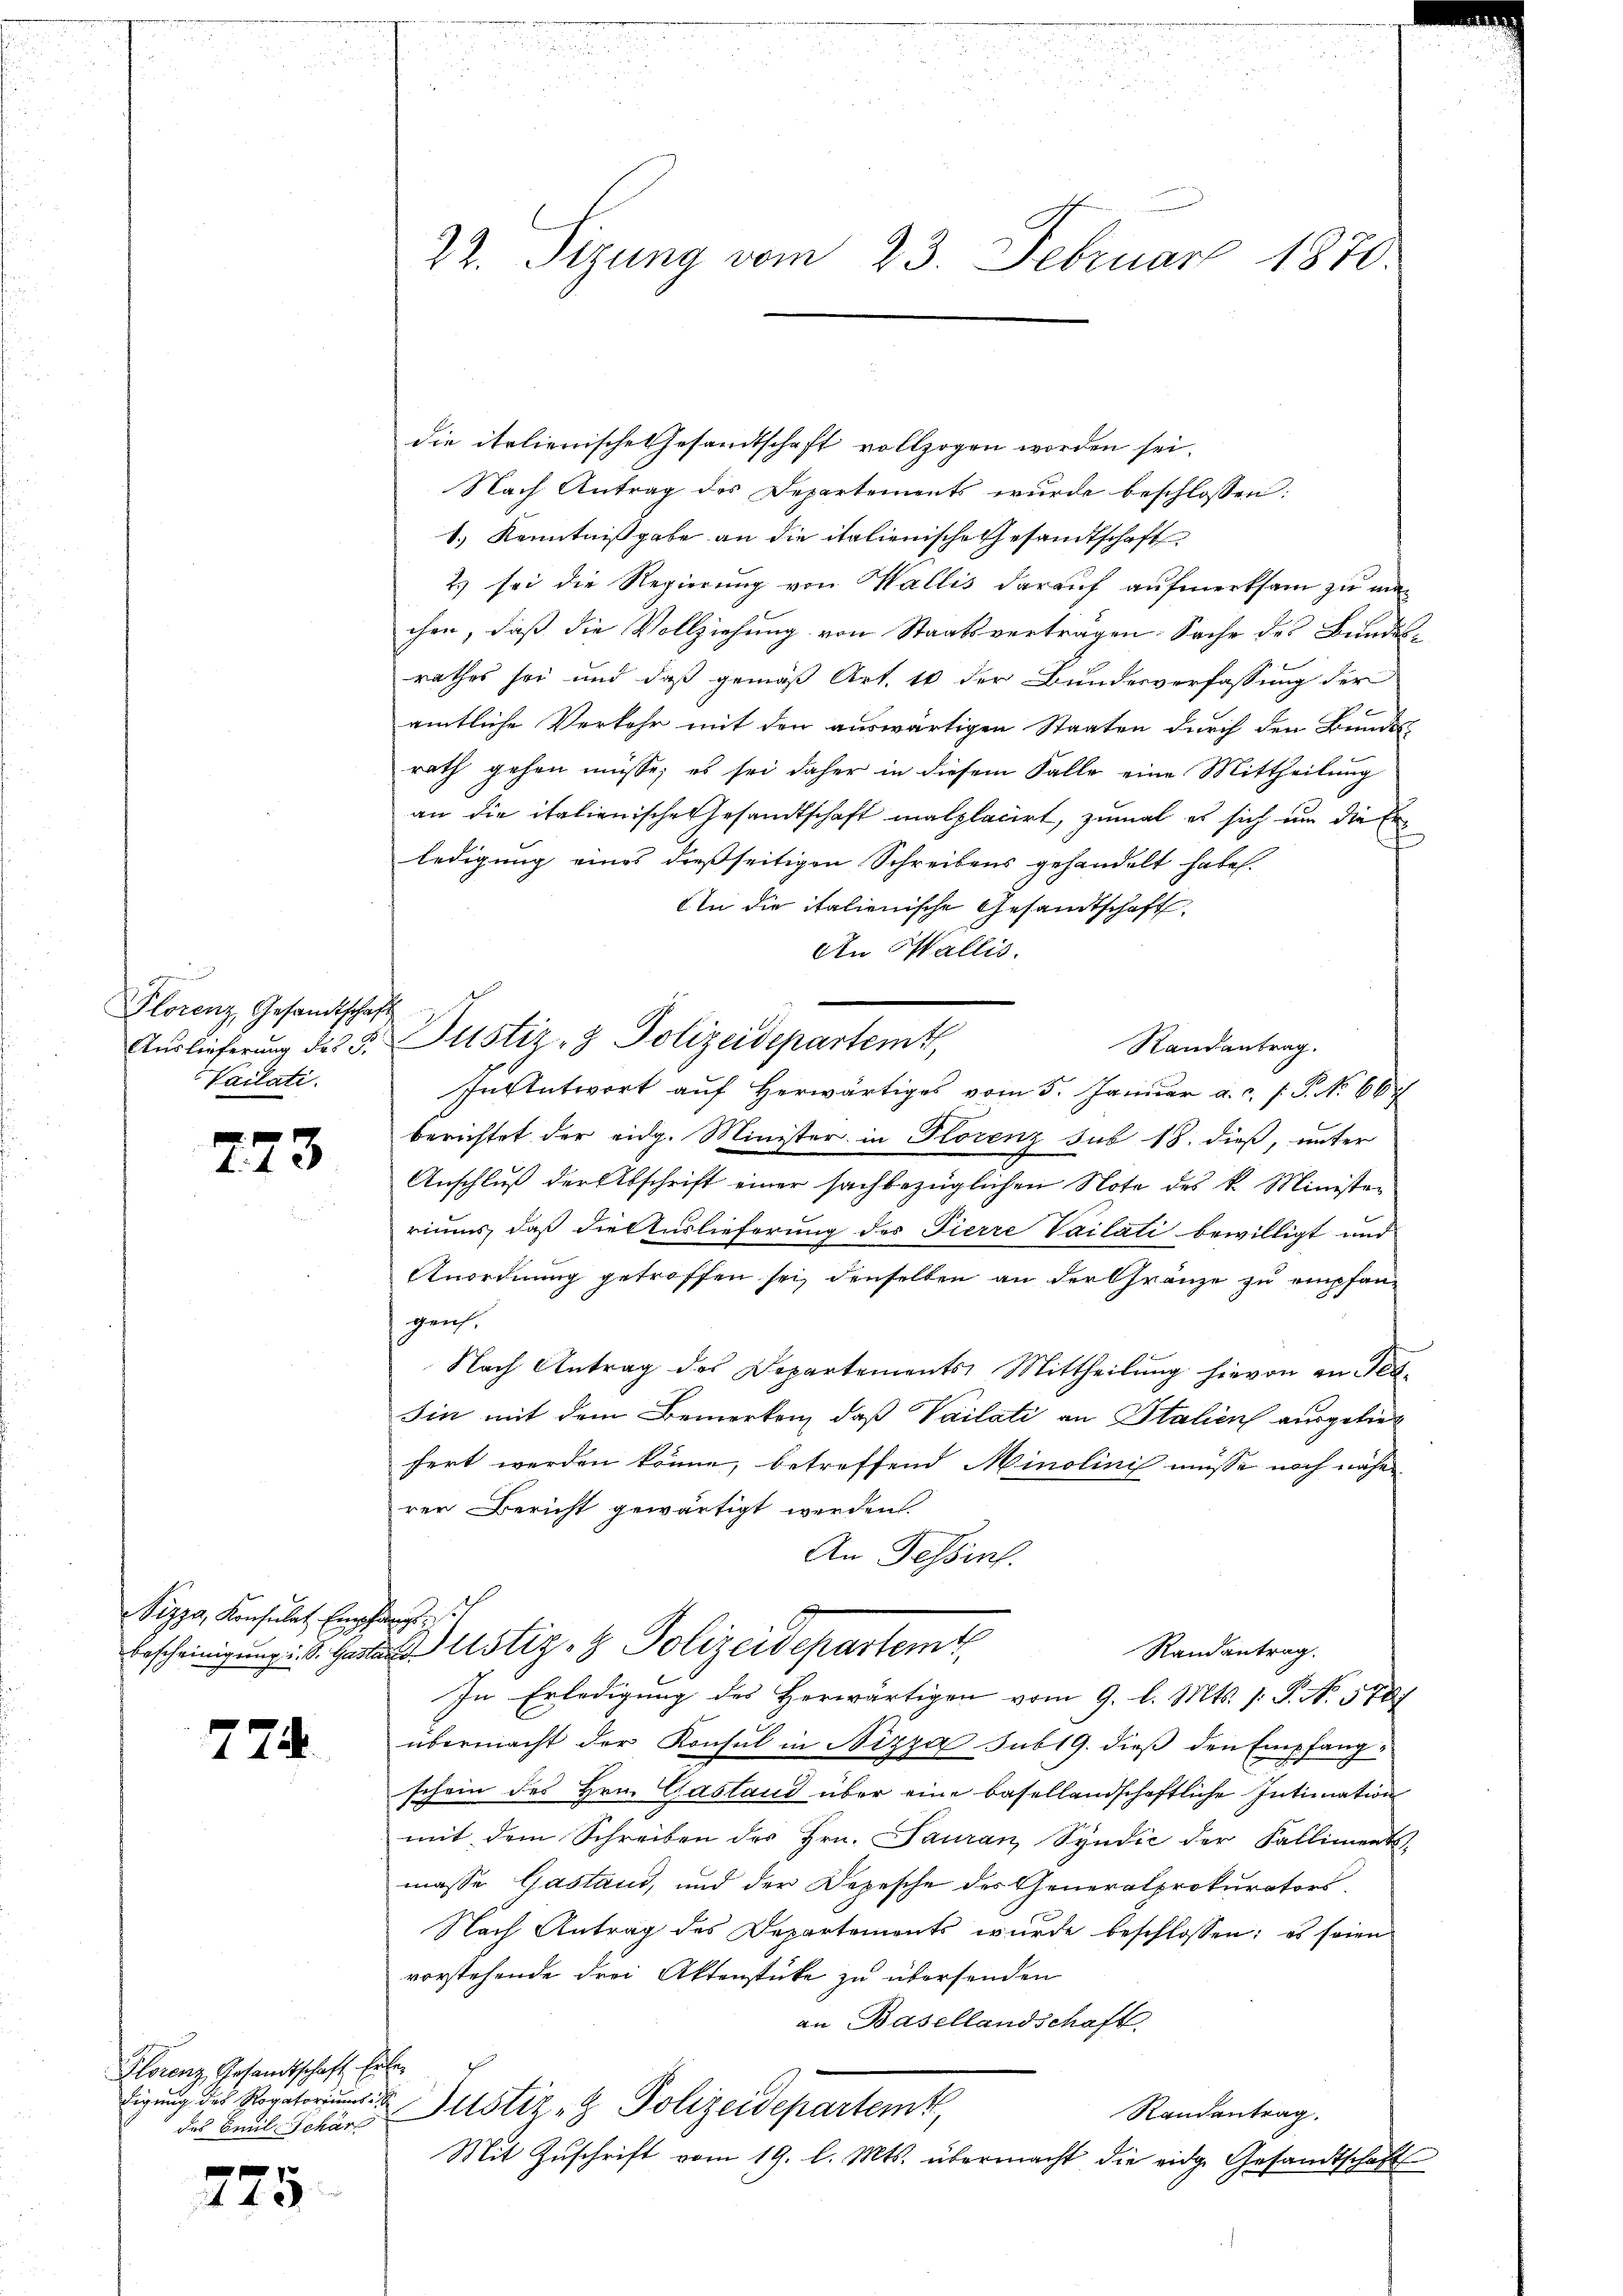
m
Plorenz, Gesandtschaft
Vailati.

xx
t: 120

Vizza, Konsulat, Empfangs

774

Florenz, Gesandtschaft Erler
digung des Rogatoriums
des Civil-Schärf

e
243

die italienische Gesandtschaft vollzogen worden sei.
Nach Antrag des Departements wurde beschlossen:
1.) Kenntnißgabe an die italienische Gesandtschaft
2) sei die Regierung von Wallis darauf aufmerksam zu machen, daß die Vollziehung von Staatsvertragen Sache des Bundesrathes sei und daß gemäß Art. 10 der Bundesverfassung der
amtliche Verkehr mit den auswärtigen Staaten durch den Bundes
rath gehen müsse; es sei daher in diesem Falle eine Mittheilung
an die italienische Gesandtschaft malplacirt, zumal es sich um die Erledigung eines dießseitigen Schreibens gehandelt habe.
An die italienische Gesandtschaft
An Wallis.
Randantrag.
In Antwort aŭf herwärtiges vom 5. Januar a. c. f. P. No 66
berichtet der eidg. Minister in Florenz sub 18. dieß, unter
Anschluß der Abschrift einer sachbezüglichen Note des k. Ministrriums, daß die Auslieferung des Pierre Vailati bewilligt und
Anordnung getroffen sei, denselben an der Gränze zu empfangeif.
Nach Antrag des Departements Mittheilung hievon an Feb¬
Sin mit dem Bemerken, daß Vailati an Stalien ausgeliefert werden könne, betreffend Minolinis müsse noch nahe
rer Bericht gewärtigt werden.
An Tessin.
Bescheinigung d. Garten Justiz- & Polizeidepartemt
Randantrag.
In Erledigung des Herwärtigen vom 9. l. Mts. 1. P. N. 578
übermacht der Konsul in Nizza sub 19. dieß den Empfang
schein des Hrn. Gasland über eine basellandschaftliche Intimation
mit dem Schreiben des Hrn. Pauran, Syndić der Falliments-
masse Gastand, und der Depesche des Generalprokurators.
Nach Antrag des Departements wurde beschlossen; es seien
vorstehende drei Aktenstücke zu übersenden
an Basellandschaft
Justiz- & Polizeidepartem
Randantrag.
Mit Zuschrift vom 19. l. Mts. übermacht die eidge Gesandtschaft

22. Sizung vom 23. Februar 1870

Aŭslieferŭng des 5. Justiz- & Polizeidepartemt,